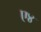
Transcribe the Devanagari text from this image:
ए४